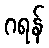
ဂရန်